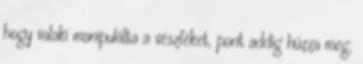
hogy valaki manipulálta a vészféket, pont addig húzza meg,